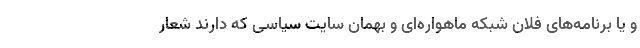
و یا برنامه‌های فلان شبکه ماهواره‌ای و بهمان سایت سیاسی که دارند شعار